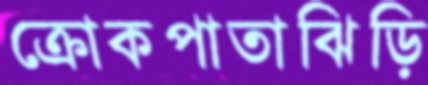
ক্রোকপাতাঝিড়ি